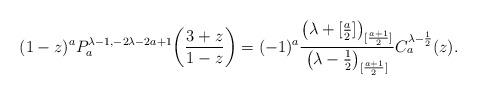
LaTeX: \begin{align*}(1-z)^aP^{\lambda-1, -2\lambda-2a+1}_a\bigg(\frac{3+z}{1-z}\bigg)=(-1)^a\frac{\left(\lambda+ [\frac{a}{2}] \right)_{[\frac{a+1}{2}]}}{\left(\lambda - \frac{1}{2} \right)_{[\frac{a+1}{2}]}}C^{\lambda-\frac{1}{2}}_{a}(z).\end{align*}